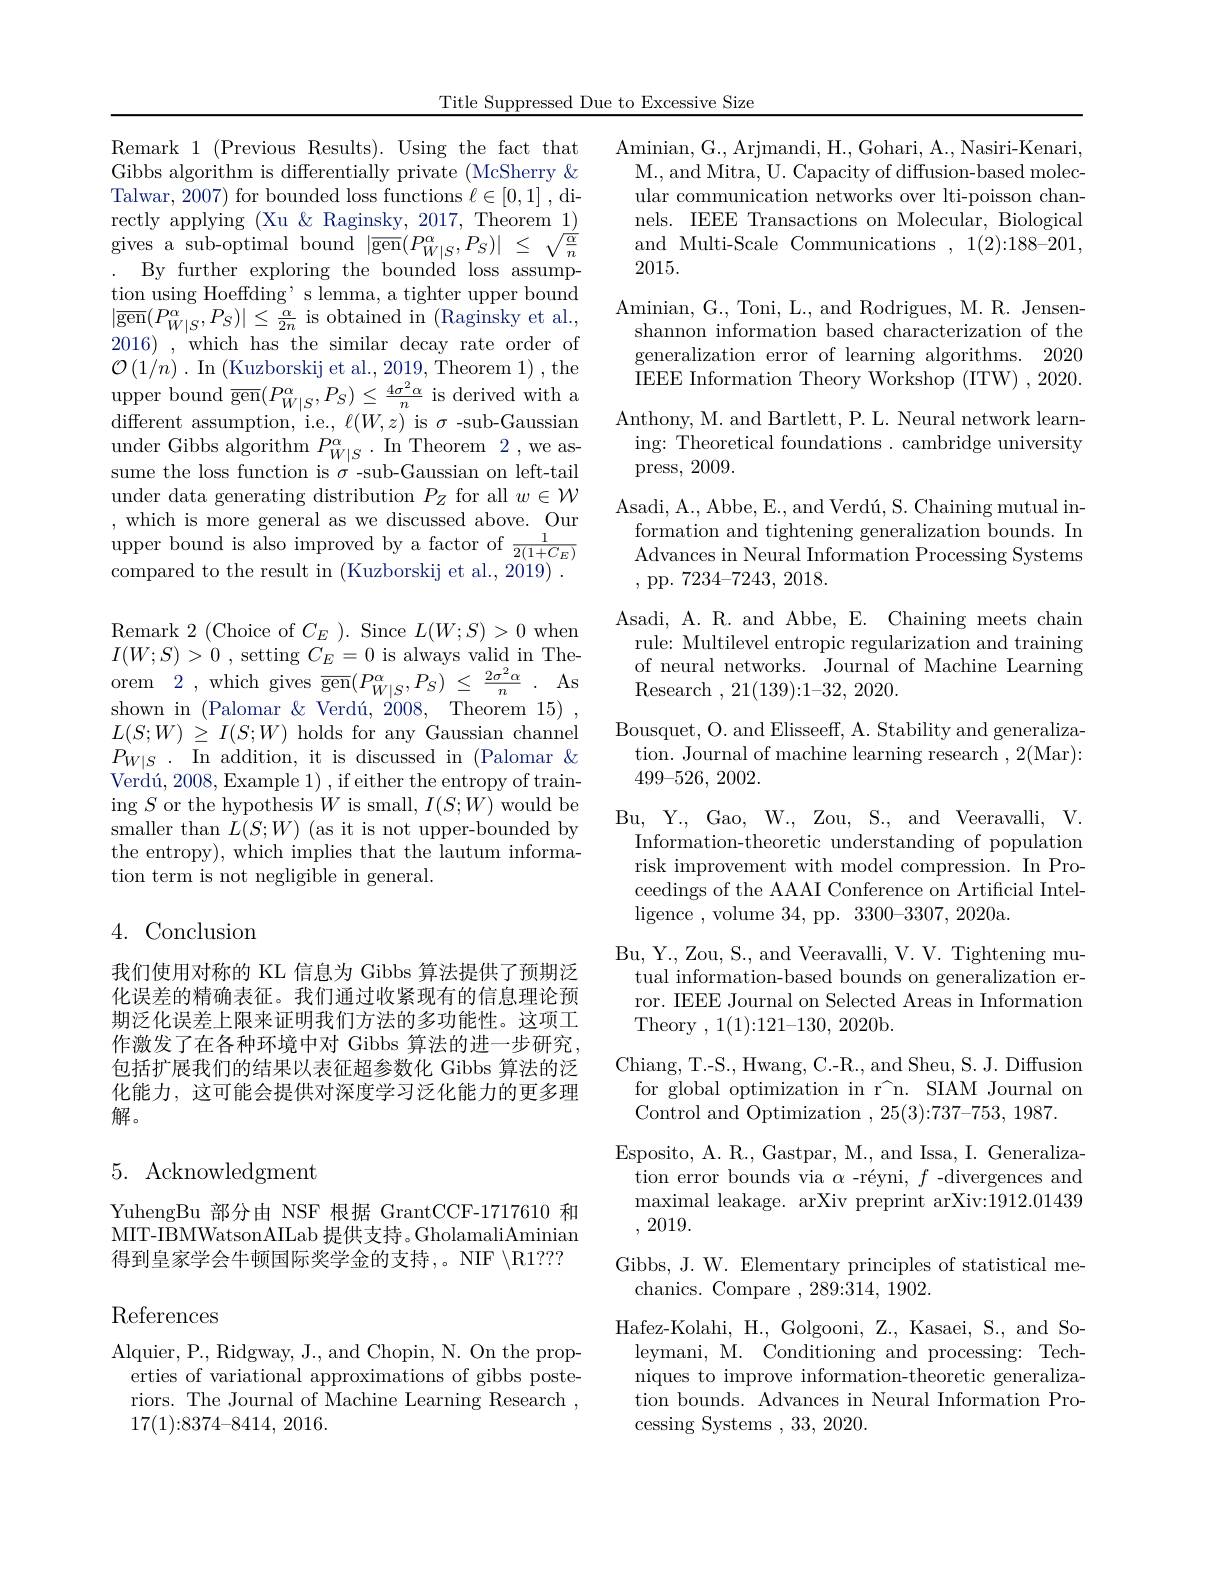
Title Suppressed Due to Excessive Size

Remark 1 (Previous Results). Using the fact that Gibbs algorithm is differentially private (McSherry & Talwar, 2007) for bounded loss functions $\ell\in[0,1]$ , di- $\begin{array}{l}\mathrm{rectly~applying~(Xu~\&~Raginsky,~2017,~Theorem~1)}\\\mathrm{gives~a~sub-optimal~bound~|gen}(P_{W|S}^{\alpha},P_{S})|\leq\sqrt{\frac{\alpha}{n}}\\.\:\mathrm{By~further~exploring~the~bounded~loss~assump-}\end{array}$ tion using Hoeffding' s lemma, a tighter upper bound $|\overline{\mathrm{gen}}(P_{W|S}^{\alpha},P_{S})|\leq\frac{\alpha}{2n}$ is obtained in (Raginsky et al., 2016) , which has the similar decay rate order of different assumption, i.e., $\ell(W,z)$ is $\sigma$ -sub-Gaussian under Gibbs algorithm $P_{W| S}^{\alpha }$ . In Theorem 2 ,we as- sume the loss function is $\sigma$- sub- Gaussian on left- tail under data generating distribution $P_Z$ for all $w\in\mathcal{W}$ ,which is more general as we discussed above. Our upper bound is also improved by a factor of $\frac1{2(1+C_E)}$ compared to the result in (Kuzborskij et al., 2019)
Remark 2 (Choice of $C_E$ ). Since $L(W;S)>0$ when $I(W;S)>0$ , setting $C_E=0$ is always valid in The-
$AS$
orem 2 , which gives $\overline {gen}( P_{W| S}^{\alpha }, P_{S}) \leq \frac {2\sigma ^{2}\alpha }n$
shown in (Palomar &Verdú, 2008,Theorem 15) $L(S;W)\geq I(S;W)$ holds for any Gaussian channel $\begin{array}{l}P_{W|S}\:.&\mathrm{In~addition,~it~is~discussed~in~(Palomar~\&}\\\text{Verdú,2008,Example 1),if either the entropy of train-}\end{array}$ ing $S$ or the hypothesis $W$ is small, $I(S;W)$ would be $\begin{array}{l}{\mathrm{smaller~than~}L(S;W)~(as~it~is~not~upper-bounded~by}\\{\mathrm{the~entropy),~which~implies~that~the~lautum~informa-}}\end{array}$ tion term is not negligible in general.

4. Conclusion

我们使用对称的 KL 信息为 Gibbs 算法提供了预期泛化误差的精确表征。我们通过收紧现有的信息理论预期泛化误差上限来证明我们方法的多功能性。这项工作激发了在各种环境中对 Gibbs 算法的进一步研究， 包括扩展我们的结果以表征超参数化 Gibbs 算法的泛化能力，这可能会提供对深度学习泛化能力的更多理解。

## 5. Acknowledgment

YuhengBu 部分由 NSF 根据 GrantCCF-1717610 和MIT-IBMWatsonAILab 提供支持。GholamaliAminian 得到皇家学会牛顿国际奖学金的支持，。NIF$\setminus\mathbb{R}1???$

References

Alquier, P. , Ridgway, J. , and Chopin, N. On the prop- erties of variational approximations of gibbs posteriors. The Journal of Machine Learning Research , 17(1){:}8374{-}8414,2016.

Aminian, G. , Arjmandi, H. , Gohari, A. , Nasiri- Kenari, M., and Mitra, U. Capacity of diffusion-based molecular communication networks over lti-poisson channels. IEEE Transactions on Molecular, Biological and Multi-Scale Communications ,1(2){:}188-201, 2015.
Aminian, G., Toni, L., and Rodrigues, M. R. Jensenshannon information based characterization of the generalization error of learning algorithms. 2020 IEEE Information Theory Workshop (ITW) , 2020.
Anthony, M. and Bartlett, P. L. Neural network learning: Theoretical foundations. cambridge university press, 2009.
Asadi, A., Abbe, E., and Verdú, S. Chaining mutual information and tightening generalization bounds. In Advances in Neural Information Processing Systems , pp.7234-7243, 2018.
Asadi, A. R. and Abbe, E. Chaining meets chain rule: Multilevel entropic regularization and training of neural networks. Journal of Machine Learning Research , 21( 139) : 1- 32, 2020.
Bousquet, O. and Elisseeff, A. Stability and generalization. Journal of machine learning research ,2(Mar): 499-526, 2002.
Bu, Y., Gao, W., Zou, S., and Veeravalli, V. Information-theoretic understanding of population risk improvement with model compression. In Proceedings of the AAAI Conference on Artificial Intel- ${\mathrm{ligence~,~volume~34,~pp.~3300-3307,~2020a.}}$
Bu, Y., Zou, S., and Veeravalli, V. V. Tightening mutual information-based bounds on generalization error. IEEE Journal on Selected Areas in Information Theory ,1(1){:}121{-}130,2020b.
Chiang, T.-S., Hwang, C.-R., and Sheu, S. J. Diffusion for global optimization in r[INDEX]n. SIAM Journal on Control and Optimization ,25(3){:}737-753,1987.
Esposito, A. R., Gastpar, M., and Issa, I. Generalization error bounds via $\alpha$ -réyni, $f$ -divergences and maximal leakage. arXiv preprint arXiv:1912.01439 , 2019.
Gibbs, J. W. Elementary principles of statistical me-
chanics. Compare ,289:314,1902
Hafez-Kolahi, H., Golgooni, Z., Kasaei, S., and Soleymani, M. Conditioning and processing: Techniques to improve information-theoretic generalization bounds. Advances in Neural Information Processing Systems ,33,2020.